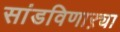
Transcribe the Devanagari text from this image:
सांडविणाऱ्या